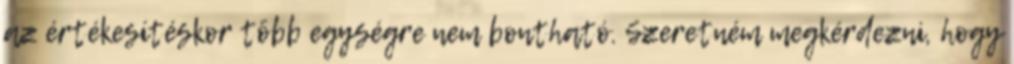
az értékesítéskor több egységre nem bontható. Szeretném megkérdezni, hogy